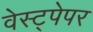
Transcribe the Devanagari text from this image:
वेस्ट्पेपर